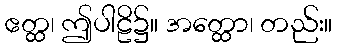
ဧတ္ထ၊ ဤပါဠိ၌။ အတ္ထော၊ တည်း။